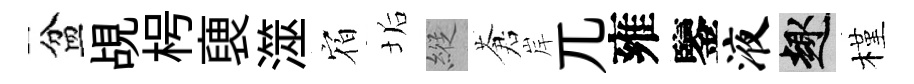
盆覘枵褏澨𪧐垢縱蒼岸兀雍鑒液趣槿